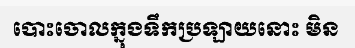
បោះចោលក្នុងទឹកប្រឡាយនោះ មិន